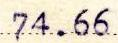
74.66